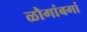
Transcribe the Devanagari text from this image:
ळौगांबगां